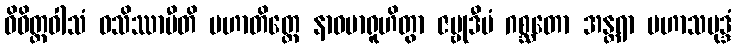
ဝိဝိတ္တဝါသံ ဝသိဿာမီတိ မဟာတိတ္ထေ နာဝမာရူဟိတွာ ဇမ္ဗုဒီပံ ဂစ္ဆတော အန္တရာ မဟာသမုဒ္ဒံ